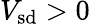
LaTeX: V_{\mathrm{sd}}>0